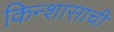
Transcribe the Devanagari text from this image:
किन्शासाची